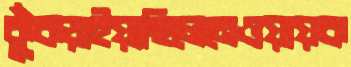
কুঁকড়াইয়াছিলেনেওয়ায়ক